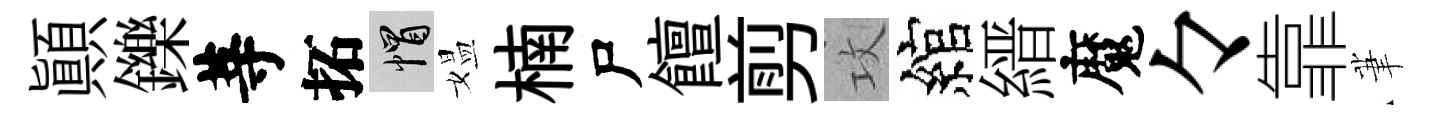
顛鑠䓁拓帽媪楠尸饘剪攻綰縉魔々靠茟